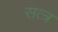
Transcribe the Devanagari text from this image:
सत्त्र